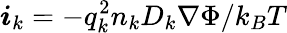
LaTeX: \boldsymbol{i}_{k}=-q_{k}^{2}n_{k}D_{k}\nabla\Phi/k_{B}T